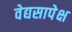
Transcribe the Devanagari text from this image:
वेद्यसापेक्ष